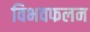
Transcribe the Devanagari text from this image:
विभवफलन